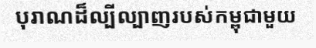
បុរាណដ៏ល្បីល្បាញរបស់កម្ពុជាមួយ